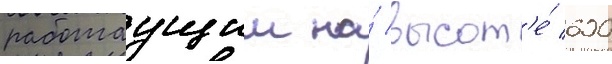
работаущии на́ высот'е́ 600